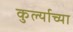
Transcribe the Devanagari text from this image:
कुर्ल्याच्या